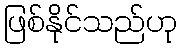
ဖြစ်နိုင်သည်ဟု